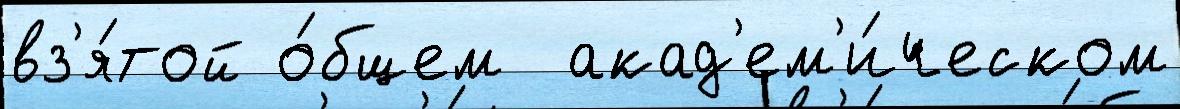
вз'я́той о́бщем  акад'ем'и́ческом